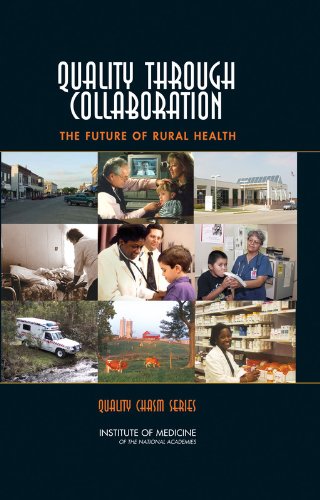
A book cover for Quality Through Collaboration:: The Future of Rural Health Care (Quality Chasm); Committee on The Future of Rural Health Care; Medical Books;